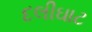
દલીઘાટ